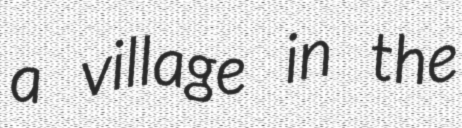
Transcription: a village in the